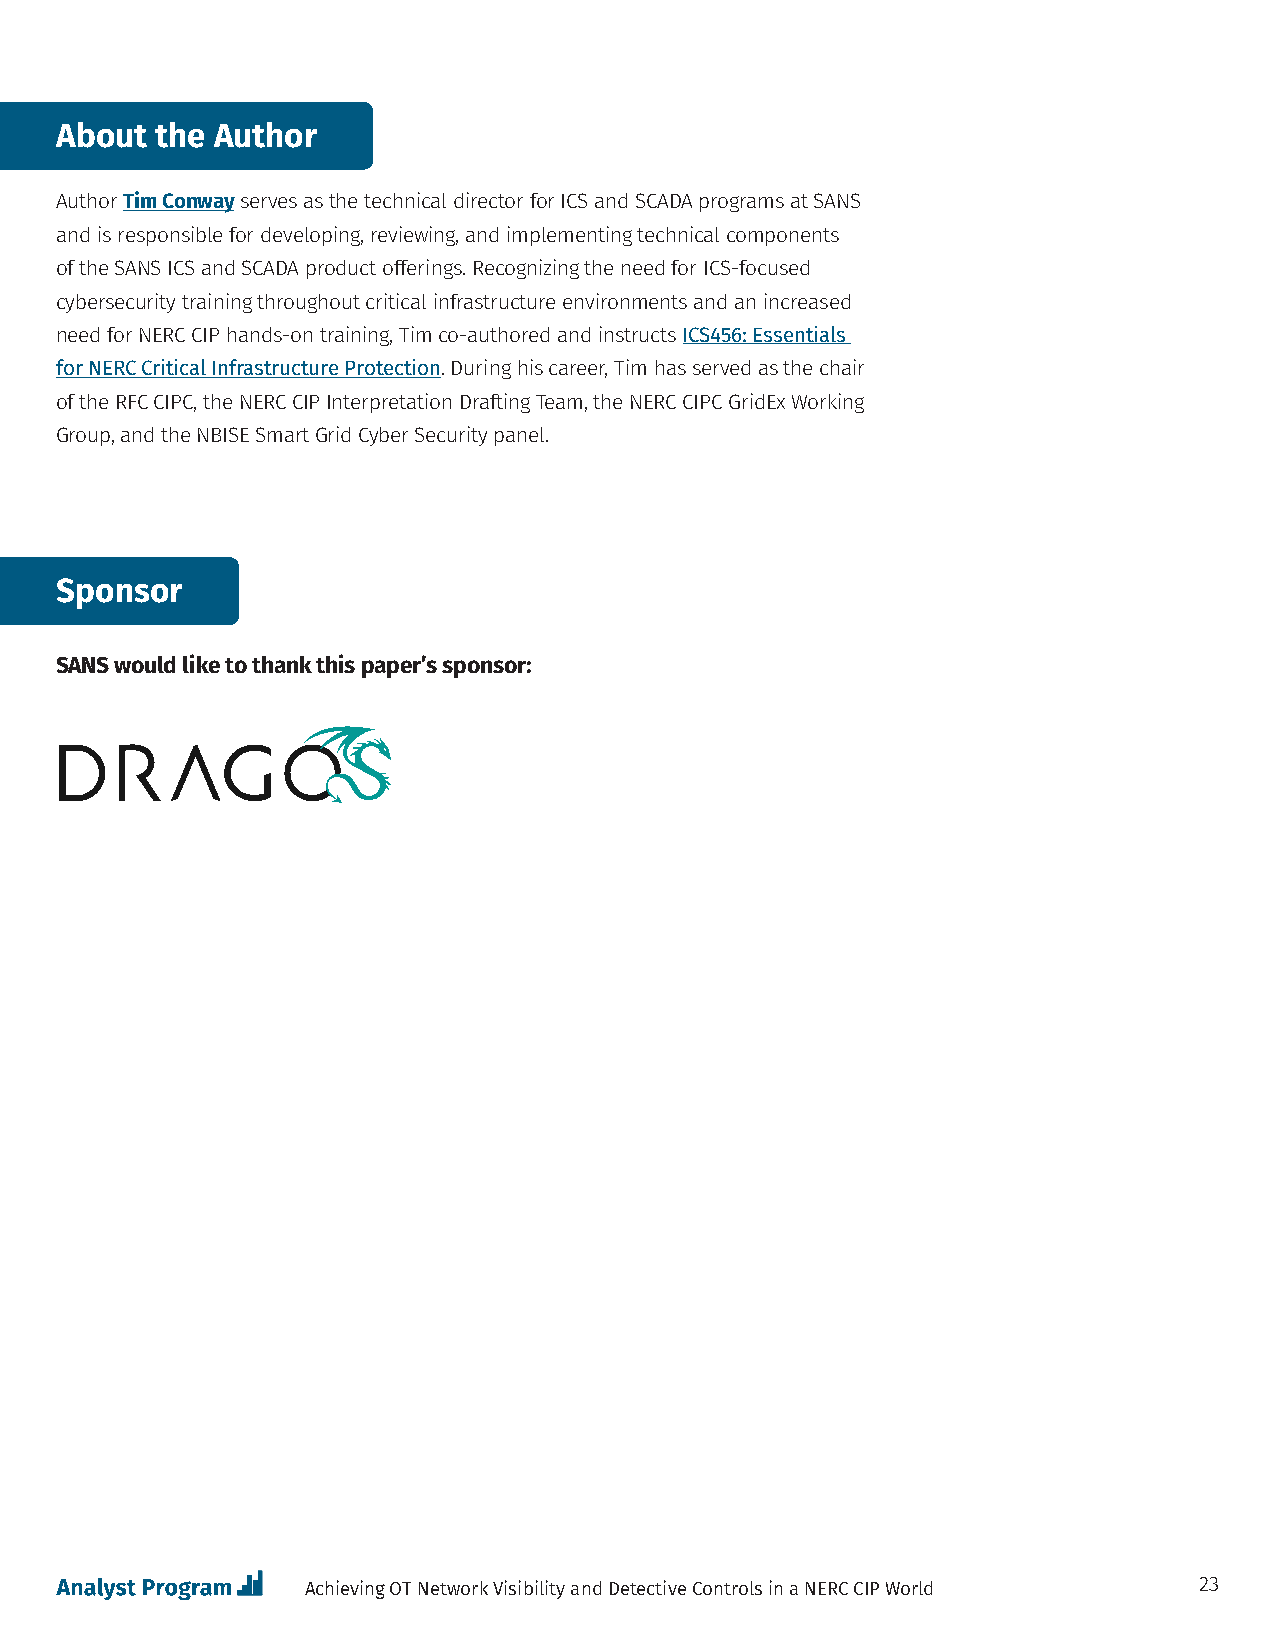
About the Author
 Author Tim Conway serves as the technical director for ICS and SCADA programs at SANS
 and is responsible for developing, reviewing, and implementing technical components
 of the SANS ICS and SCADA product offerings. Recognizing the need for ICS-focused
 cybersecurity training throughout critical infrastructure environments and an increased
 need for NERC CIP hands-on training, Tim co-authored and instructs ICS456: Essentials
 for NERC Critical Infrastructure Protection. During his career, Tim has served as the chair
 of the RFC CIPC, the NERC CIP Interpretation Drafting Team, the NERC CIPC GridEx Working
 Group, and the NBISE Smart Grid Cyber Security panel.
 Sponsor
 SANS would like to thank this paper’s sponsor:
 Achieving OT Network Visibility and Detective Controls in a NERC CIP World 23